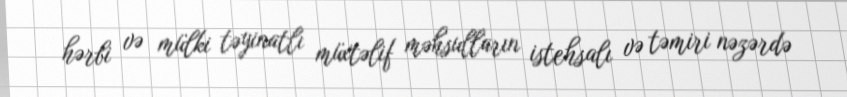
hərbi və mülki təyinatlı müxtəlif məhsulların istehsalı və təmiri nəzərdə